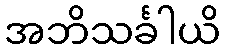
အဘိသင်္ခါယိ